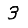
Digit: 3